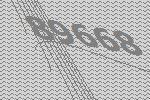
89668